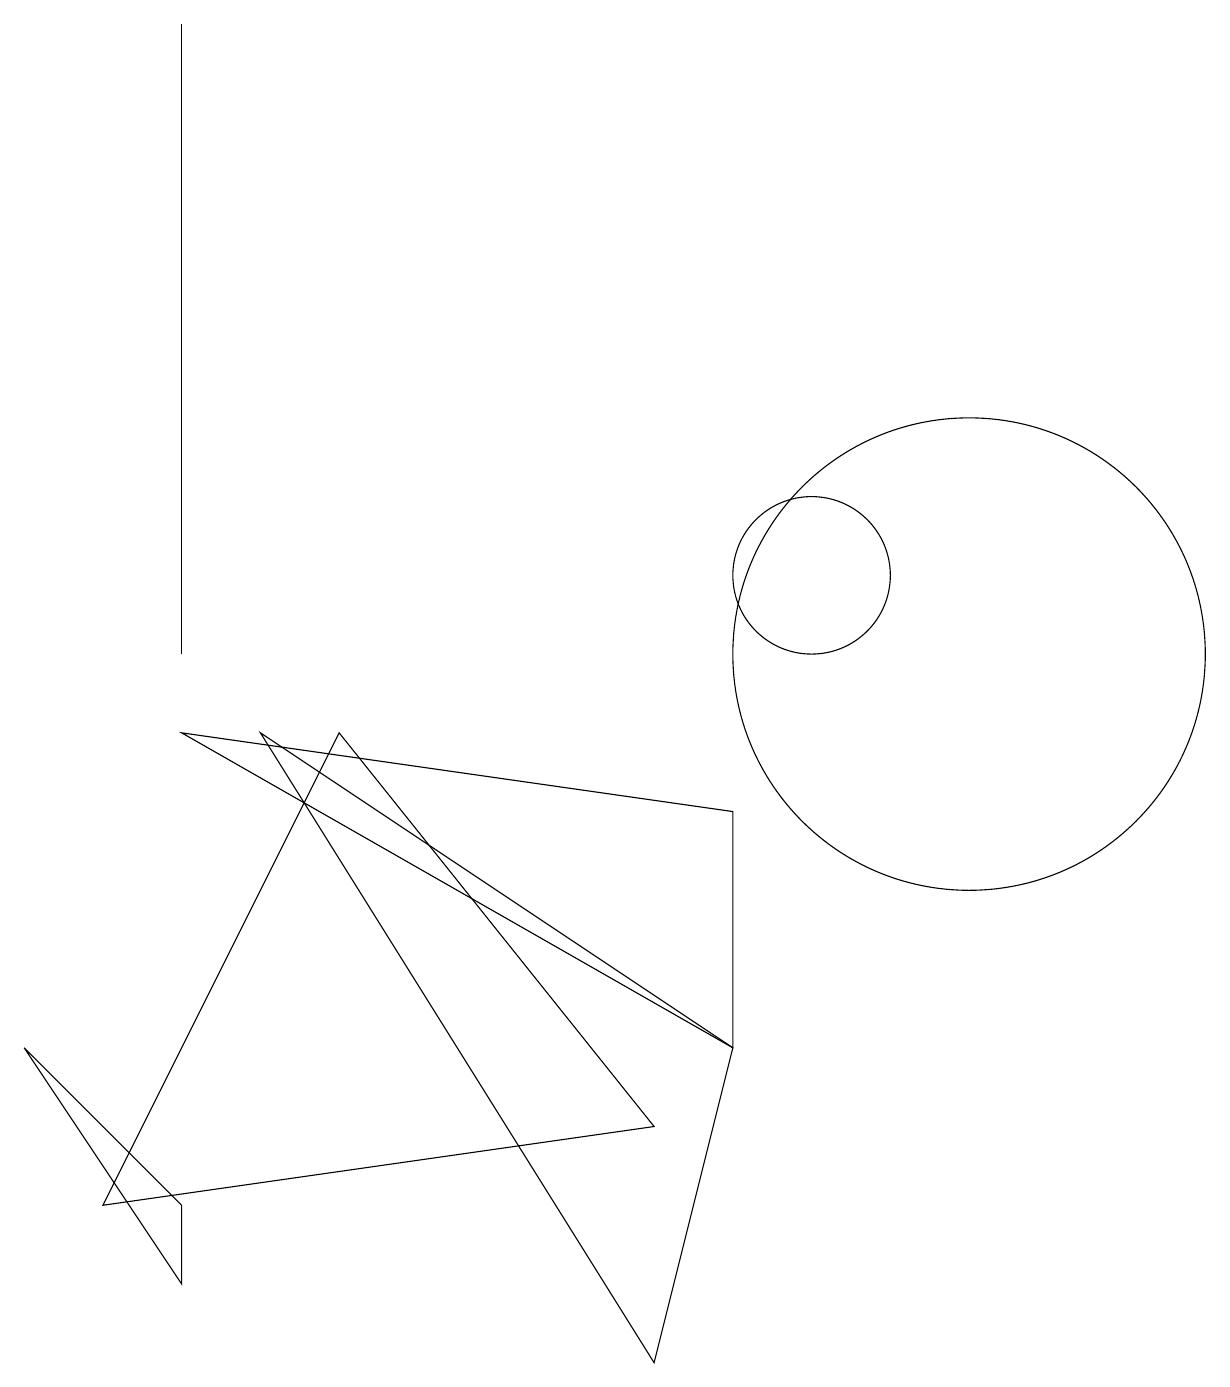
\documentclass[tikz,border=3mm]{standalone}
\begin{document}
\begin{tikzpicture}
\draw (10,11) circle (1);
\draw (12,10) circle (3);
\draw (9,8) -- (9,5) -- (2,9) -- cycle;
\draw (1,3) -- (4,9) -- (8,4) -- cycle;
\draw (3,9) -- (8,1) -- (9,5) -- cycle;
\draw (2,2) -- (2,3) -- (0,5) -- cycle;
\draw (2,10) rectangle (2,18);
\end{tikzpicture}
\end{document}